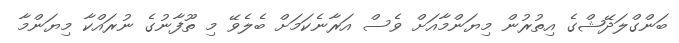
ބަންގްލަދޭޝްގެ އިތުރުން މިޔަންމާއަށް ވެސް އަރާނެކަމަށް ބެލެވޭ މި ތޫފާނުގެ ނުރައްކާ މިޔަންމާ